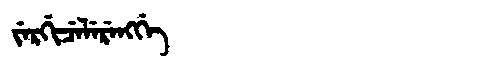
Manchu: ᠵᡝᡵᡤᡳᠴᡝᠯᡝᡵᡝᠩᡤᡝ
Romanization: JERGICELERENGGE